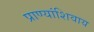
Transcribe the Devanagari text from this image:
प्राण्यांशिवाय